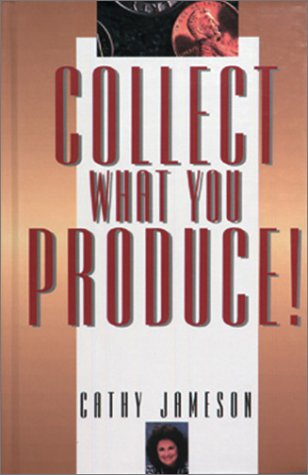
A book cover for Collect What You Produce! (Dental Economics); Cathy, M. A. Jameson; Medical Books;